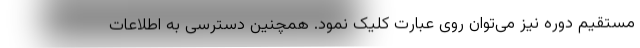
مستقیم دوره نیز می‌توان روی عبارت کلیک نمود. همچنین دسترسی به اطلاعات